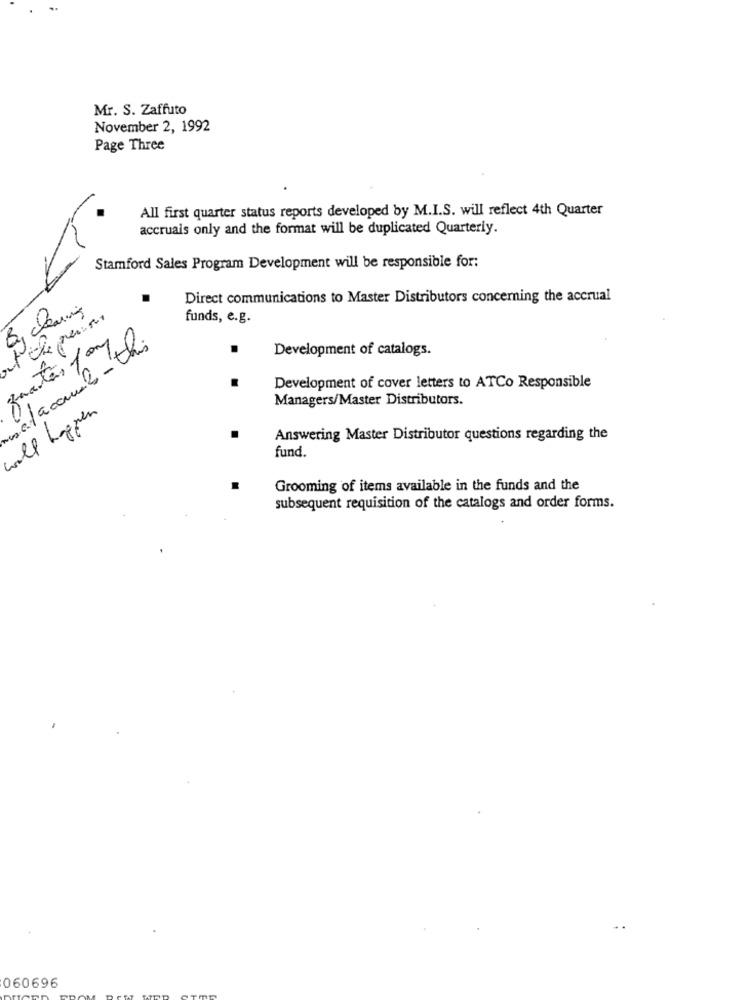
Mr. S. Zaffuto
November 2, 1992
Page Three
All first quarter status reports developed by M.I.S. will reflect 4th Quarter
accruals only and the format will be duplicated Quarterly.
Stamford Sales Program Development will be responsible for:
Direct communications to Master Distributors concerning the accrual
By clearing
funds, e.g.
notacome-this
Development of catalogs.
Development of cover letters to ATCo Responsible
Managers/Master Distributors.
will happen
Answering Master Distributor questions regarding the
fund.
Grooming of items available in the funds and the
subsequent requisition of the catalogs and order forms.
060696